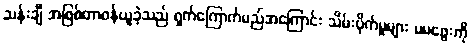
သန်းချီ အဖြစ်တာဝန်ယူခဲ့သည် ရှက်ကြောက်မည်အကြောင်း သိမ်းပိုက်မှုများ မမဖွေးကို